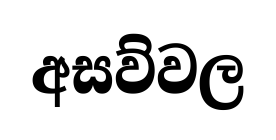
අසව්වල